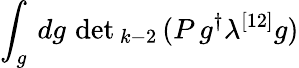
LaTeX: \int_{g}\, dg\, \operatorname*{det}{}_{k-2}\, (P\, g^{\dagger}\lambda^{[12]}g)